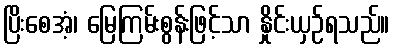
ပြိးစေအံ့၊ မြေကြမ်းစွန်းဖြင့်သာ နှိုင်းယှဉ်ရသည်။